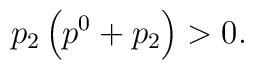
p_2\left(p^{0}+p_{2}\right)>0.